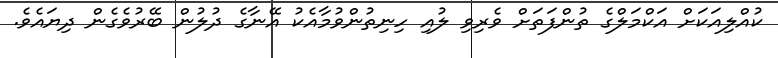
ކުއްލިއަކަށް އަކްމަލްގެ ތުންފަތަށް ވެރިވި ލުއި ހިނިތުންވުމާއެކު އޭނާގެ ދުލުން ބޭރުވެގެން ދިޔައެވެ.